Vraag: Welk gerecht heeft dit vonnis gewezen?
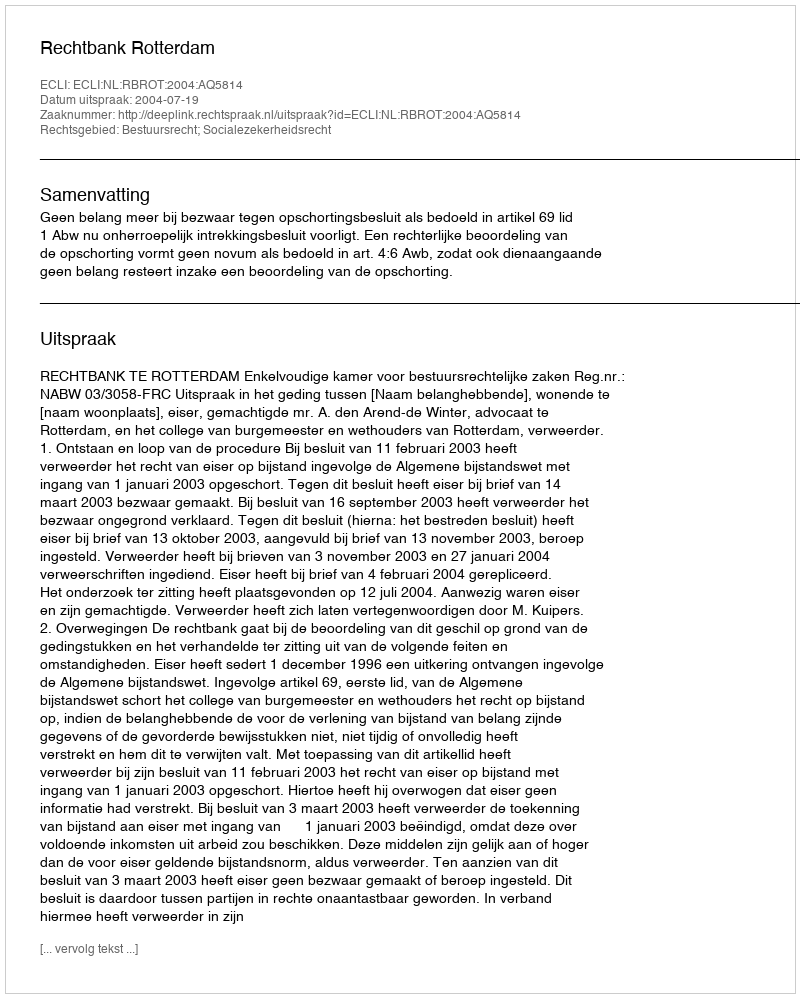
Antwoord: Rechtbank Rotterdam